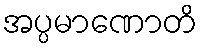
အပ္ပမာဏောတိ